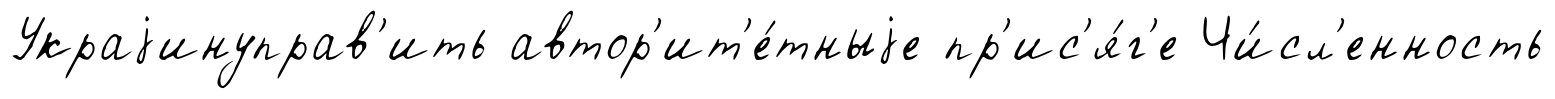
Украjинуправ'ить автор'ит'е́тныjе пр'ис'я́г'е Чи́сл'енность